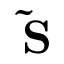
\mathbf { \widetilde { S } }